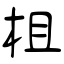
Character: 柤